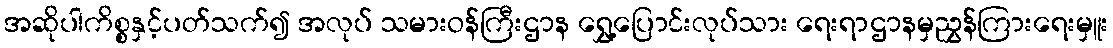
အဆိုပါကိစ္စနှင့်ပတ်သက်၍ အလုပ် သမားဝန်ကြီးဌာန ရွှေ့ပြောင်းလုပ်သား ရေးရာဌာနမှညွှန်ကြားရေးမှူး